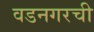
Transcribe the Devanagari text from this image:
वडनगरची